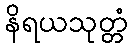
နိရယသုတ္တံ